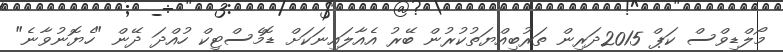
މޯލްޑިވްސް ކަޕް 2015ދަރިން ތަރުބިއްޔަތުކުރުން ބޭރު އެއާލައިނަކަށް ޑޮމެސްޓިކް ހުއްދަ ދޭން "ހެޔޮނުވާނެ"